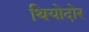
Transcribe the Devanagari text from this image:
थियोदोर